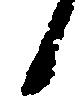
候